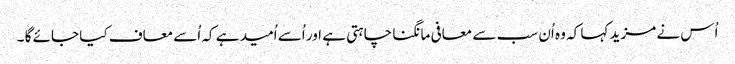
اُس نے مزید کہا کہ وہ اُن سب سے معافی مانگنا چاہتی ہے اور اُسے اُمید ہے کہ اُسے معاف کیا جائے گا ۔